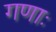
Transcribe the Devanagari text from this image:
गणाः